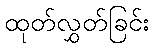
ထုတ်လွှတ်ခြင်း